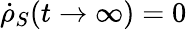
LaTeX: {\dot{\rho}}_{S}(t\rightarrow\infty)=0